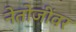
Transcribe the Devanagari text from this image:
नेतोजींवर